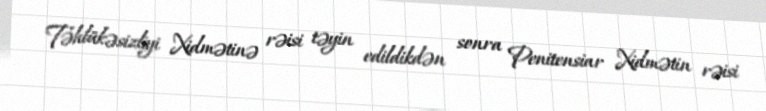
Təhlükəsizliyi Xidmətinə rəisi təyin edildikdən sonra Penitensiar Xidmətin rəisi